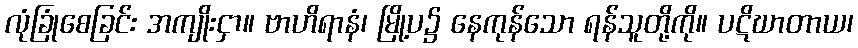
လုံခြုံစေခြင်း အကျိုးငှာ။ ဗာဟိရာနံ၊ မြို့ပ၌ နေကုန်သော ရန်သူတို့ကို။ ပဋိဃာတာယ၊